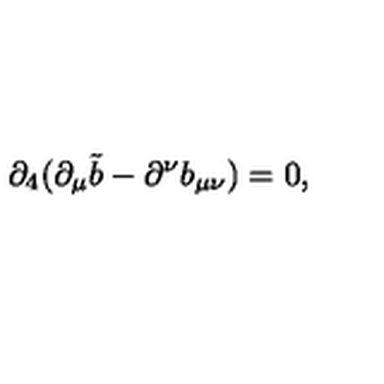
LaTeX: \partial _ { 4 } ( \partial _ { \mu } \tilde { b } - \partial ^ { \nu } b _ { \mu \nu } ) = 0 ,